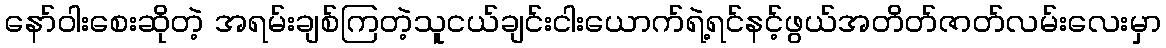
နော်ဝါးစေးဆိုတဲ့ အရမ်းချစ်ကြတဲ့သူငယ်ချင်းငါးယောက်ရဲ့ရင်နင့်ဖွယ်အတိတ်ဇာတ်လမ်းလေးမှာ